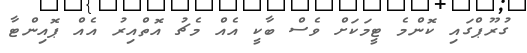
ގުރޫޕްގައި ކޮންމެ ޓީމަކަށް ވެސް ބާކީ އެއް މެޗު އޮތްއިރު އެއް ޕޮއިންޓާ